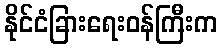
နိုင်ငံခြားရေးဝန်ကြီးက